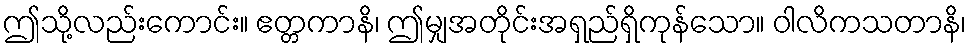
ဤသို့လည်းကောင်း။ ဧတ္တကာနိ၊ ဤမျှအတိုင်းအရှည်ရှိကုန်သော။ ဝါလိကသတာနိ၊